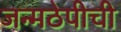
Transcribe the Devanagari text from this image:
जन्मठेपीची